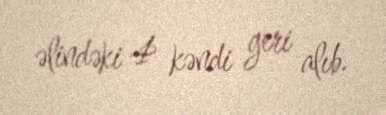
əlindəki 4 kəndi geri alıb.